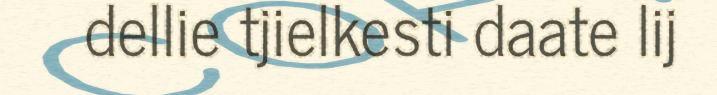
dellie tjielkesti daate lij